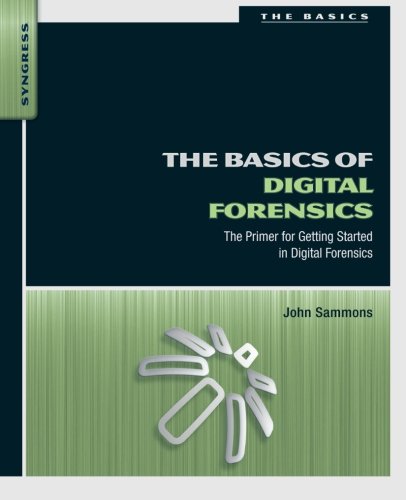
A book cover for The Basics of Digital Forensics: The Primer for Getting Started in Digital Forensics; John Sammons; Law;